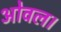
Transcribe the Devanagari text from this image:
ओवल।